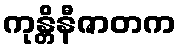
ကုန္တိနီဇာတက